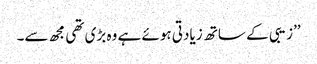
’’زیبی کے ساتھ زیادتی ہوئے ہے وہ بڑی تھی مجھ سے۔